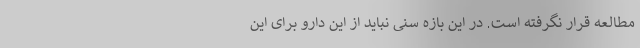
مطالعه قرار نگرفته است. در این بازه سنی نباید از این دارو برای این